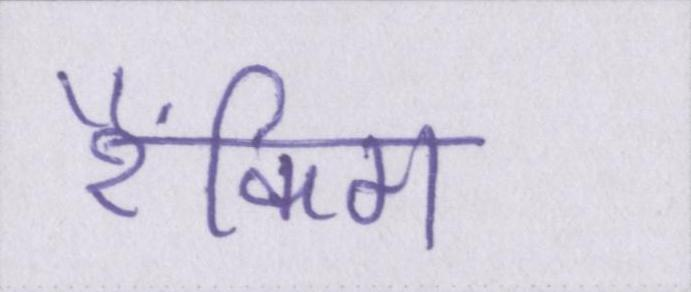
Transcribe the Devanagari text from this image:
रैंकिग